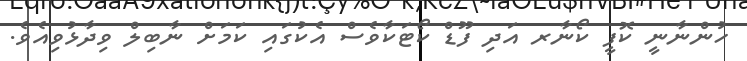
ހުންނާނީ ކޮފީ ކޯނާރ އަދި ފޫޑް ކޯޓަކާވެސް އެކުގައި ކަމަށް ނާބިލް ވިދާޅުވިއެވެ.